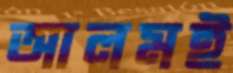
আলমই